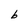
Character: b